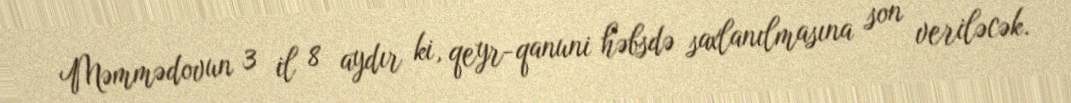
Məmmədovun 3 il 8 aydır ki, qeyr-qanuni həbsdə saxlanılmasına son veriləcək.